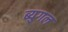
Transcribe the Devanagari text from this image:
ब्युगल